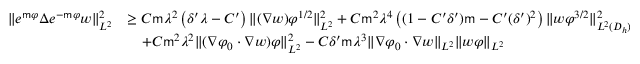
\begin{array} { r l } { \| e ^ { \mathsf { m } \varphi } \Delta e ^ { - \mathsf { m } \varphi } w \| _ { L ^ { 2 } } ^ { 2 } } & { \geq C \mathsf { m } \lambda ^ { 2 } \left( \delta ^ { \prime } \lambda - C ^ { \prime } \right) \| ( \nabla w ) \varphi ^ { 1 / 2 } \| _ { L ^ { 2 } } ^ { 2 } + C \mathsf { m } ^ { 2 } \lambda ^ { 4 } \left( ( 1 - C ^ { \prime } \delta ^ { \prime } ) \mathsf { m } - C ^ { \prime } ( \delta ^ { \prime } ) ^ { 2 } \right) \| w \varphi ^ { 3 / 2 } \| _ { L ^ { 2 } ( D _ { h } ) } ^ { 2 } } \\ & { \quad + C \mathsf { m } ^ { 2 } \lambda ^ { 2 } \| ( \nabla \varphi _ { 0 } \cdot \nabla w ) \varphi \| _ { L ^ { 2 } } ^ { 2 } - C \delta ^ { \prime } \mathsf { m } \lambda ^ { 3 } \| \nabla \varphi _ { 0 } \cdot \nabla w \| _ { L ^ { 2 } } \| w \varphi \| _ { L ^ { 2 } } } \end{array}